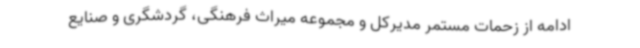
ادامه از زحمات مستمر مدیرکل و مجموعه میراث فرهنگی، گردشگری و صنایع